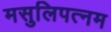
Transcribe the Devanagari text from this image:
मसुलिपत्नम